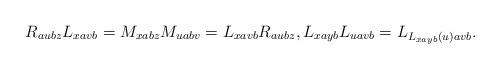
LaTeX: \begin{align*}R_{aubz} L_{xavb}= M_{xabz}M_{uabv} = L_{xavb}R_{aubz} ,L_{xayb} L_{uavb} = L_{L_{xayb}(u)avb} . \end{align*}